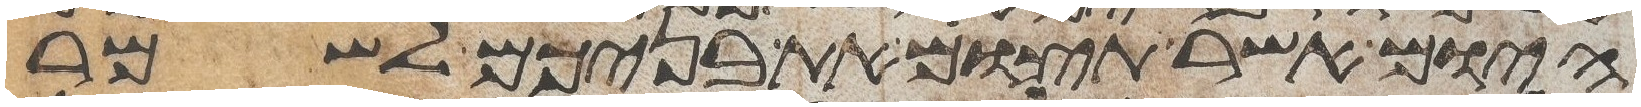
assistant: היום אשר תצום את בניכם לשמר